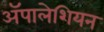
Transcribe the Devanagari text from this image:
ॲपालेशियन